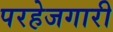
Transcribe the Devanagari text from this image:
परहेजगारी